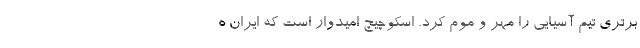
برتری تیم آسیایی را مهر و موم کرد. اسکوچیچ امیدوار است که ایران ه